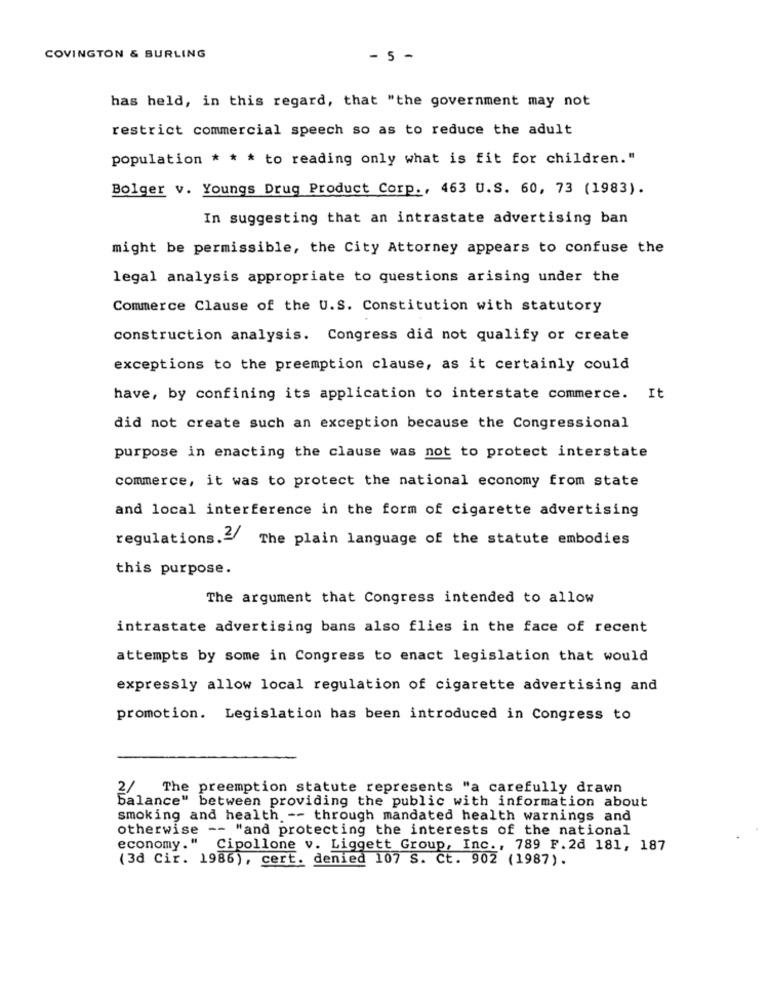
COVINGTON & BURLING
- 5 -
has held, in this regard, that "the government may not
restrict commercial speech so as to reduce the adult
population * * * to reading only what is fit for children."
Bolger v. Youngs Drug Product Corp ., 463 U.S. 60, 73 (1983).
In suggesting that an intrastate advertising ban
might be permissible, the City Attorney appears to confuse the
legal analysis appropriate to questions arising under the
Commerce Clause of the U.S. Constitution with statutory
construction analysis. Congress did not qualify or create
exceptions to the preemption clause, as it certainly could
have, by confining its application to interstate commerce. It
did not create such an exception because the Congressional
purpose in enacting the clause was not to protect interstate
commerce, it was to protect the national economy from state
and local interference in the form of cigarette advertising
regulations.2/
The plain language of the statute embodies
this purpose.
The argument that Congress intended to allow
intrastate advertising bans also flies in the face of recent
attempts by some in Congress to enact legislation that would
expressly allow local regulation of cigarette advertising and
promotion. Legislation has been introduced in Congress to
The preemption statute represents "a carefully drawn
balance" between providing the public with information about
smoking and health -- through mandated health warnings and
otherwise -- "and protecting the interests of the national
economy." Cipollone v. Liggett Group, Inc ., 789 F.2d 181, 187
(3d Cir. 1986), cert. denied 107 S. Ct. 902 (1987).